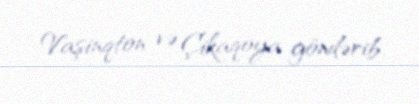
Vaşinqton və Çikaqoya göndərib.